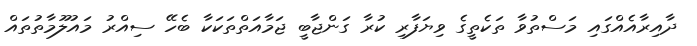
ދާއިރާއެއްގައި މަސްތުވާ ތަކެތީގެ ވިޔަފާރި ކުރާ ގަންޖާބީ ޖަމާއަތްތަކަކާ ބެހޭ ސިއްރު މައުލޫމާތުތައް